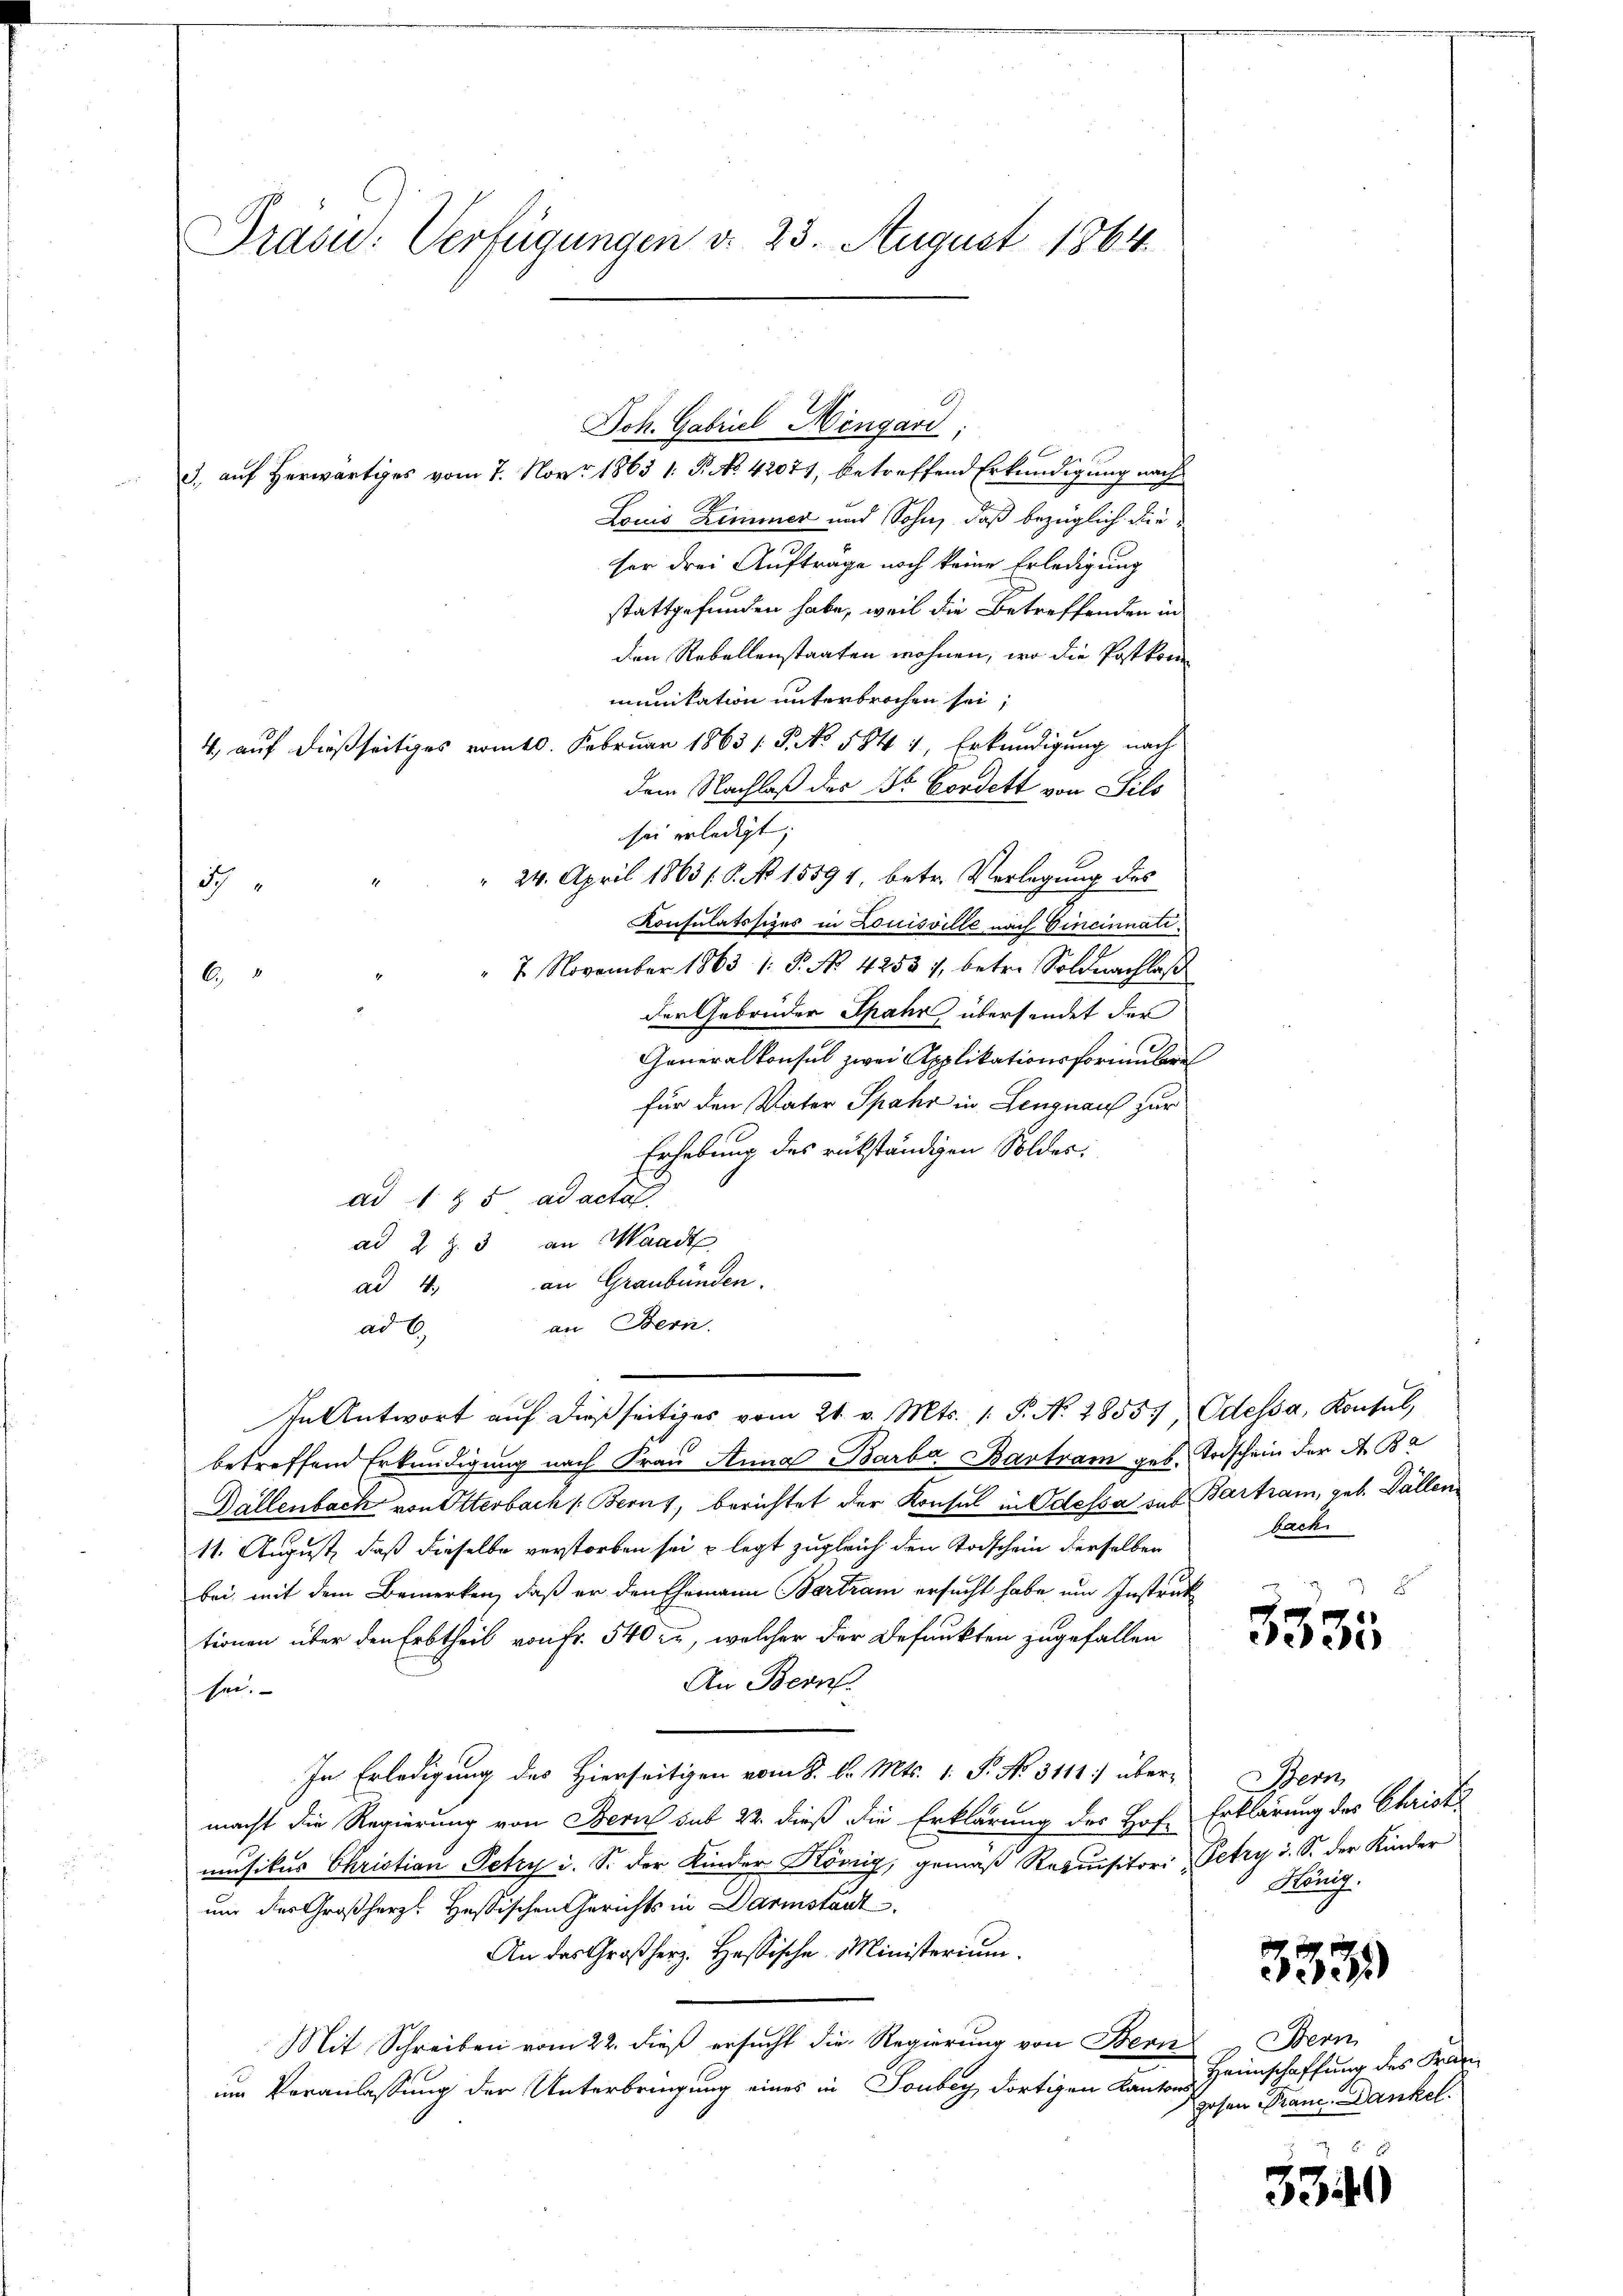
Präsid.: Verfügungen d. 23. August 1864.

g
3. auf Herwärtiges vom 7. Nov. 1863 1: P. NNo. 42071, betreffend Erkundigung nach
Louis Zimmer und Sohn, daß bezüglich dieser drei Aufträge noch keine Erledigung
stattgefunden habe, weil die Betreffenden in
den Rebellenstaaten wohnen, wo die Postkommunikation unterbrochen sei;
29.
4 auf dießseitiges vom 10. Februar 1863 /: P. No. 584 1, Erkundigung nach
dem Nachlaß der Dr. Cordett von Sils
sei erledigt;
 24. April 1863 (S. No 15594, betr. Verlegung des
Ich
Konsulatssizes in Louisville nach Eineinnati¬
" 7. November 1863 1: P. No. 42531, betr. Soldnachlaß
6
der Gebrüder Spahr übersendet der
Generalkonsul zwei Applikationsformulare
für den Vater Spahr in Lengnau zur
Erhebung des rükständigen Solder:
ad 1 & 5 ad acta
ad 2 Z. 3 an Waadt
ad 4. an Graubünden.
an Bern.
ad 6.
In Antwort auf dießseitiges vom 21. v. Mts. 1. P. No. 2855, Odessa, Konsul,
betreffend Erkundigung nach Frau Anna Barba Bartram geb. Todschein der A. Ba
Dallenbach von Otterbach Berns, berichtet der Konsul in Odessa sub Bartram, geb. Fällen¬
11. August, daß dieselbe verstorben sei & legt zugleich den Todschein derselben
bei, mit dem Bemerken, daß er den Ehemann Bertram ersucht habe um Instruk
tionen über den Erbtheil von Fr. 540 zu, welcher der Befunkten zugefallen
An Bern.
sei.
In Erledigung des Hierseitigen vom 8. d. Mts. 1. P. No. 3111) über Bern
macht die Regierung von Bern sub 22. dieß die Erklärung des Hof-Erklärung des Christe
musikus Christian Petry i. S. der Kinder König, gemäß Requisitori Petry d. S. der Kinder
um der Großherzl Hassischen Gerichts in Darmstant
An das Großherz. Hassische Ministerium
Mit Schreiben vom 22. dieß ersucht die Regierung von Bern
um Veranlassung der Unterbringung eines in Sonbey dortigen Kanton Heimschaffung des Fran

Joh. Gabriel Hingard,

bach
1

5335

König.

323

Bern
Rosen Pran. Dankel.

33444)